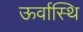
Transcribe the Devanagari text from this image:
ऊर्वास्थि